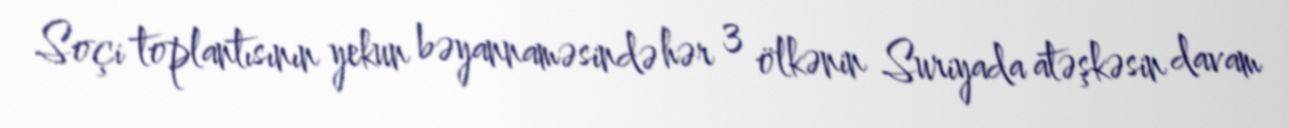
Soçi toplantısının yekun bəyannaməsində hər 3 ölkənin Suriyada atəşkəsin davam